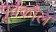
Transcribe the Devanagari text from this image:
पूर्वकौल